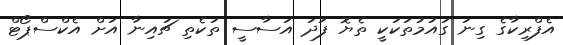
އެފްރިކާގެ ގިނަ ގައުމުތަކަކީ ތެޔޮ ފަދަ އަސާސީ ތަކެތި ޗައިނާ އަށް އެކްސްޕޯޓް